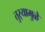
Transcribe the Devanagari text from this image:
तुर्‍यामुळे